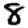
Digit: 8